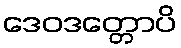
ဒေဝဒတ္တောပိ